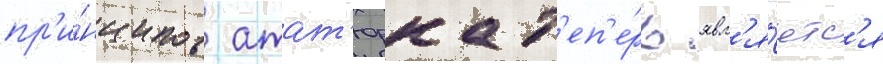
пр'и́нципов атат'юрка т'еп'е́рь явл'я́етс'я